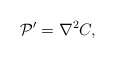
\begin{align*}{\cal P}^\prime = {\nabla^2 }C, \end{align*}